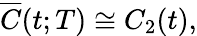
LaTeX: \begin{array}{r}{\overline{{C}}(t;T)\cong C_{2}(t),}\end{array}